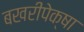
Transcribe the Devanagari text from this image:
बखरीपेक्षा